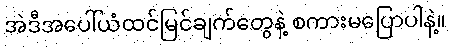
အဲဒီအပေါ်ယံထင်မြင်ချက်တွေနဲ့ စကားမပြောပါနဲ့။